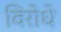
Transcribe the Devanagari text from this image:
विरोधे